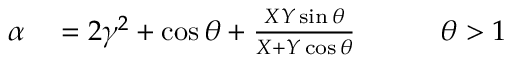
\begin{array} { r l r } { \alpha } & { { } = 2 \gamma ^ { 2 } + \cos \theta + \frac { X Y \sin \theta } { X + Y \cos \theta } \qquad } & { \theta > 1 } \end{array}